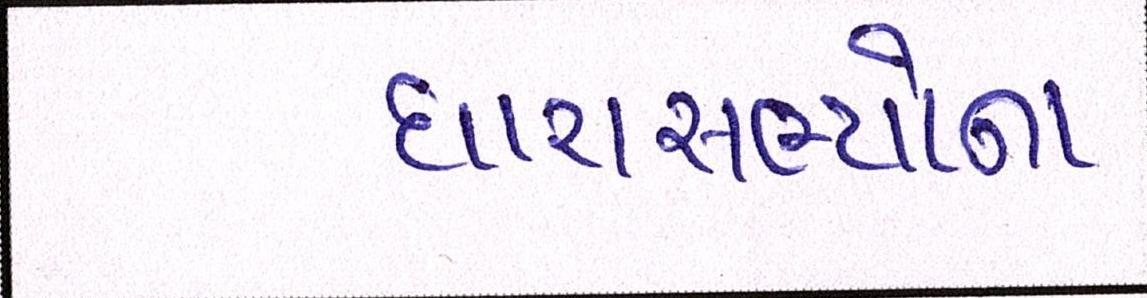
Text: ધારાસભ્યોના